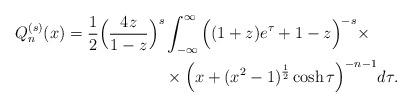
LaTeX: \begin{align*} Q_n^{(s)} ( x ) = \frac{1}{2} \Big( \frac{4z}{ 1 - z}\Big)^s & \int_{-\infty}^{\infty} \Big( ( 1+ z ) e^{\tau} + 1 -z \Big)^{-s} \times \\ & \times \Big( x + (x^2 - 1)^{\frac{1}{2}} \cosh \tau \Big)^{- n - 1} d\tau .\end{align*}